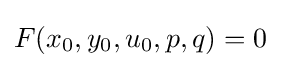
F(x_{0},y_{0},u_{0},p,q)=0